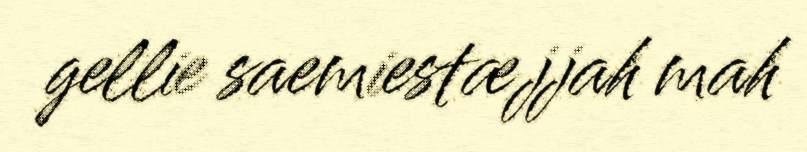
gellie saemiestæjjah mah